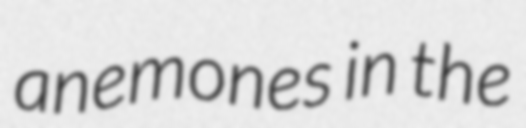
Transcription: anemones in the